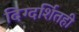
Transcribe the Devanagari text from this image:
दिग्दर्शितही